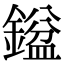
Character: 𮢼